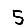
Digit: 5